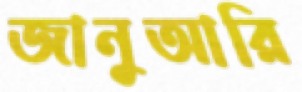
জানুআরি